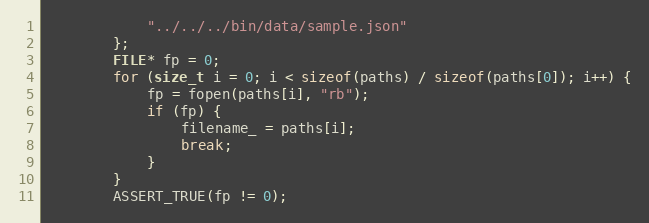
Language: C++
            "../../../bin/data/sample.json"
        };
        FILE* fp = 0;
        for (size_t i = 0; i < sizeof(paths) / sizeof(paths[0]); i++) {
            fp = fopen(paths[i], "rb");
            if (fp) {
                filename_ = paths[i];
                break;
            }
        }
        ASSERT_TRUE(fp != 0);